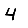
Digit: 4